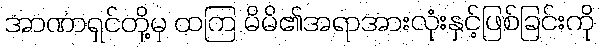
အာဏာရှင်တို့မှ ထကြ မိမိ၏အရာအားလုံးနှင့်ဖြစ်ခြင်းကို